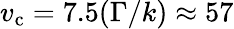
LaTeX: v_{\mathrm{c}}=7.5(\Gamma/k)\approx 57